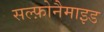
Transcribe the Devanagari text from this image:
सल्फ़ोनैमाइड